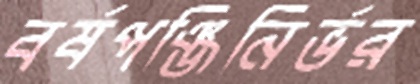
বর্ষপঞ্জিনির্ভর